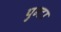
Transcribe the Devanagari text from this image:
पुन्टा